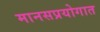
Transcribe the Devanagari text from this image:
मानसप्रयोगात